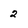
Character: 2